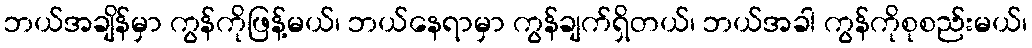
ဘယ်အချိန်မှာ ကွန်ကိုဖြန့်မယ်၊ ဘယ်နေရာမှာ ကွန်ချက်ရှိတယ်၊ ဘယ်အခါ ကွန်ကိုစုစည်းမယ်၊